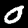
Label: 0